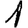
Digit: 1